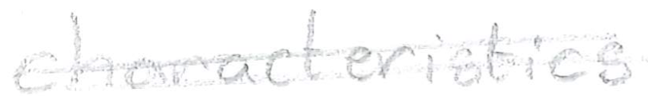
Text: characteristics
Cross-out: double-line
Writing tool: pencil